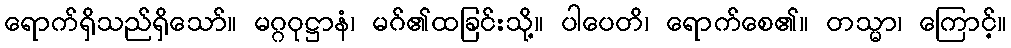
ရောက်ရှိသည်ရှိသော်။ မဂ္ဂဝုဋ္ဌာနံ၊ မဂ်၏ထခြင်းသို့။ ပါပေတိ၊ ရောက်စေ၏။ တသ္မာ၊ ကြောင့်။